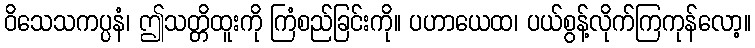
ဝိသေသကပ္ပနံ၊ ဤသတ္တိထူးကို ကြံစည်ခြင်းကို။ ပဟာယေထ၊ ပယ်စွန့်လိုက်ကြကုန်လော့။